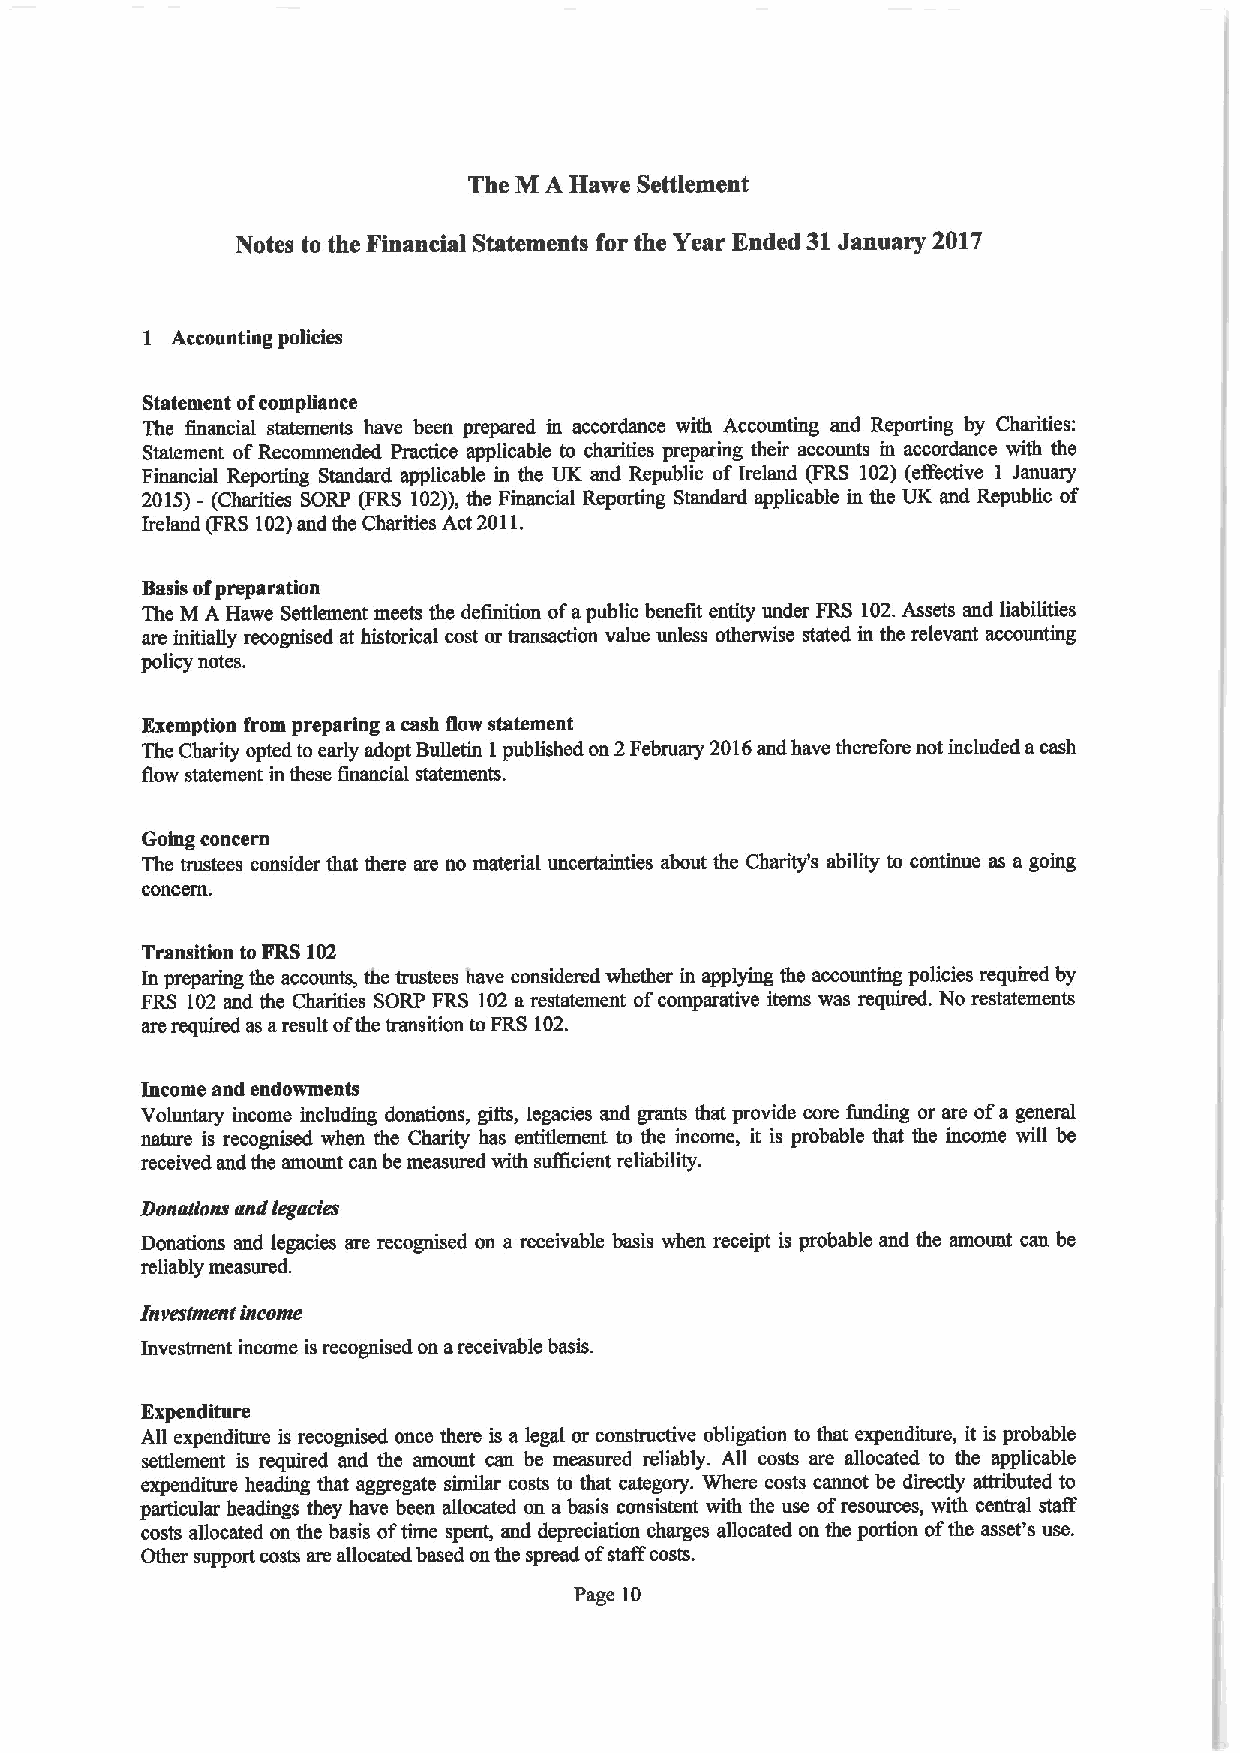
The M A Hawe Settlement
 Notes to the Financial Statements for the Year Ended 31January 2017
 I Accounting policies
 Statement ofcompliance
 The financial statements have been prepared in accordance with Accounting and Reporting by Charities:
 Statement ofRecommended Practice applicable to charities preparing their accounts in accordance with the
 Financial Reporting Standard applicable in the UK and Republic of Ireland (FRS 102) (effective I January
 2015)- (Charities SORP (FRS 102)),the Financial Reporting Standard applicable in the UK and Republic of
 Ireland (FRS102)and the Charities Act 2011.
 Basis ofpreparation
 The M A Hawe Settlement meets the definition ofapublic benefit entity under FRS 102.Assets and liabiTities
 are initially recognised at historical cost or transaction value unless otherwise stated in the relevant accounting
 policy notes.
 Exemption from preparing acash flow statement
 The Charity opted to early adopt Bulletin Ipublished on 2February 2016and have therefore not included acash
 flow statement in these financial statements.
 Going concern
 The trustees consider that there are no material uncertainties about the Charity's ability to continue as a going
 concern.
 Transition to FRS102
 In preparing the accounts, the trustees have considered whether in applying the accounting policies required by
 FRS 102 and the Charities SORP FRS 102a restatement ofcomparative items was required. No restatements
 are required as aresult ofthe transition toFRS 102.
 Income and endowments
 Voluntary income including donations, gifts, legacies and grants that provide core funding or are ofa general
 nature is recognised when the Charity has entitlement to the income, it is probable that the income will be
 received and the amount can be measured with sufficient reliability.
 Donations and iegatges
 Donations and legacies are recognised on a receivable basis when receipt is probable and the amount can be
 reliably measured.
 Investmentincome
 Investment income is recognised on areceivable basis.
 Expenditure
 All expenditure is recognised once there is a legal or constructive obligation to that expenditure, it is probable
 settlement is required and the amount can be measured reliably. All costs are allocated to the applicable
 expenditure heading that aggregate similar costs to that category. Where costs cannot be directly attributed to
 particular headings they have been allocated on abasis consistent with the use ofresources, with central staff
 costs allocated on the basis oftime spent, and depreciation charges allocated on the poriion ofthe asset's use.
 Other support costs are allocated based on the spread ofstaff costs.
 Page 10